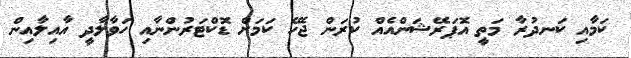
ކަމާއި ކަނދުރާ މަތީ އޮޕަރޭޝަންއެއް ކުރަން ޖެހޭ ކަމަށް ޑޮކްޓަރުންނާއި ހަވާލާދީ އާއިލާއިން